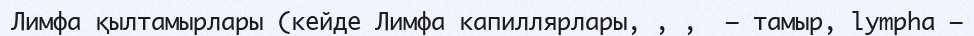
Лимфа қылтамырлары (кейде Лимфа капиллярлары, , ,  — тамыр, lympha —